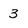
Character: 3